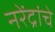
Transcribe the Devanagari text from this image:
नरेंद्रांचे